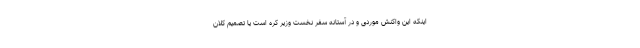
اینکه این واکنش موردی و در آستانه سفر نخست وزیر کره است یا تصمیم کلان